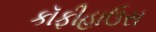
કૉફીહાઉસ